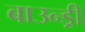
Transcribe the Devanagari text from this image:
बाउन्ड्री